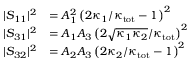
\begin{array} { r l } { \lvert S _ { 1 1 } \rvert ^ { 2 } } & { = A _ { 1 } ^ { 2 } \left( 2 \kappa _ { 1 } / \kappa _ { \mathrm { t o t } } - 1 \right) ^ { 2 } } \\ { \lvert S _ { 3 1 } \rvert ^ { 2 } } & { = A _ { 1 } A _ { 3 } \left( 2 \sqrt { \kappa _ { 1 } \kappa _ { 2 } } / \kappa _ { \mathrm { t o t } } \right) ^ { 2 } } \\ { \lvert S _ { 3 2 } \rvert ^ { 2 } } & { = A _ { 2 } A _ { 3 } \left( 2 \kappa _ { 2 } / \kappa _ { \mathrm { t o t } } - 1 \right) ^ { 2 } } \end{array}